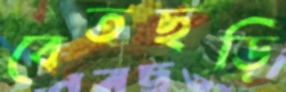
বেতছড়ি